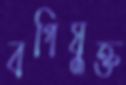
বগিযুক্ত